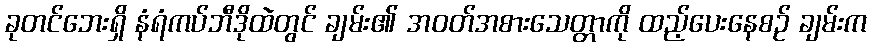
ခုတင်ဘေးရှိ နံရံကပ်ဘီဒိုထဲတွင် ချမ်း၏ အဝတ်အစားသေတ္တာကို ထည့်ပေးနေစဉ် ချမ်းက